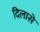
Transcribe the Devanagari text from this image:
दिलासे